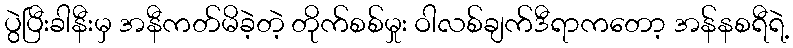
ပွဲပြီးခါနီးမှ အနီကတ်မိခဲ့တဲ့ တိုက်စစ်မှုး ဝါလစ်ချက်ဒီရာကတော့ အန်နစရီရဲ့